Plague in India, 1896, 1897 - Volume 3
Year: 1896
Disease focus: Plague
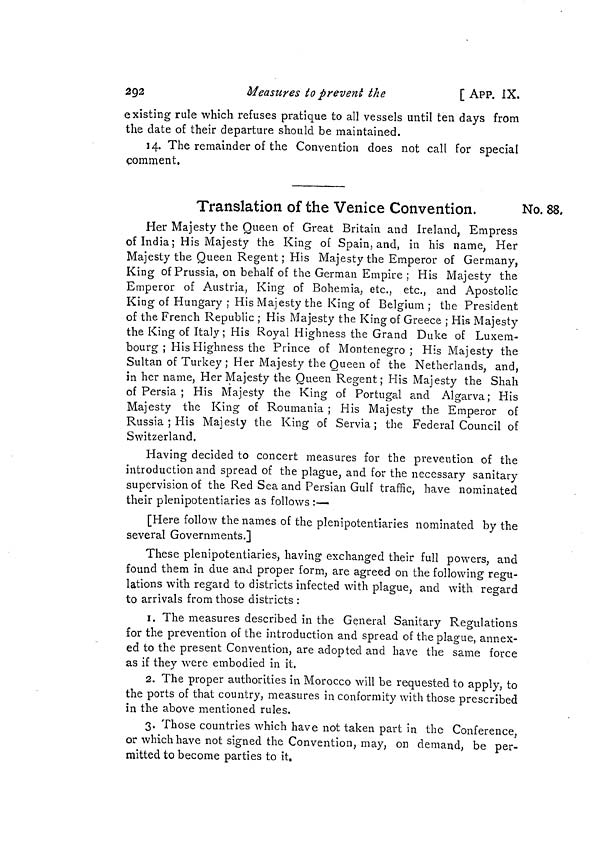
292
Measures to prevent the
[ APP. IX.
existing rule which refuses pratique to all vessels until ten days from
the date of their departure should be maintained.
14. The remainder of the Convention does not call for special
comment,
No. 88,
Translation of the Venice Convention.
Her Majesty the Queen of Great Britain and Ireland, Empress
of India; His Majesty the King of Spain, and, in his name, Her
Majesty the Queen Regent; His Majesty the Emperor of Germany,
King of Prussia, on behalf of the German Empire ; His Majesty the
Emperor of Austria, King of Bohemia, etc., etc., and Apostolic
King of Hungary ; His Majesty the King of Belgium; the President
of the French Republic ; His Majesty the King of Greece ; His Majesty
the King of Italy ; His Royal Highness the Grand Duke of Luxem-
bourg ; His Highness the Prince of Montenegro; His Majesty the
Sultan of Turkey ; Her Majesty the Queen of the Netherlands, and,
in her name, Her Majesty the Queen Regent ; His Majesty the Shah
of Persia ; His Majesty the King of Portugal and Algarva; His
Majesty the King of Roumania ; His Majesty the Emperor of
Russia ; His Majesty the King of Servia; the Federal Council of
Switzerland.
Having decided to concert measures for the prevention of the
introduction and spread of the plague, and for the necessary sanitary
supervision of the Red Sea and Persian Gulf traffic, have nominated
their plenipotentiaries as follows :—
[Here follow the names of the plenipotentiaries nominated by the
several Governments.]
These plenipotentiaries, having exchanged their full powers, and
found them in due and proper form, are agreed on the following regu-
lations with regard to districts infected with plague, and with regard
to arrivals from those districts :
1. The measures described in the General Sanitary Regulations
for the prevention of the introduction and spread of the plague, annex-
ed to the present Convention, are adopted and have the same force
as if they were embodied in it.
2. The proper authorities in Morocco will be requested to apply, tc
the ports of that country, measures in conformity with those prescribed
in the above mentioned rules.
3. Those countries which have not taken part in the Conference,
or which have not signed the Convention, may, on demand, be per-
mitted to become parties to it.